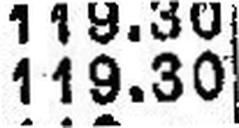
119.30